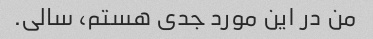
من در این مورد جدی هستم، سالی.